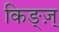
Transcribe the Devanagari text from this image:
किङ्ज़्